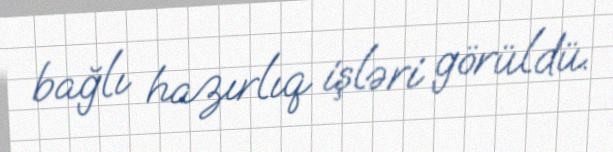
bağlı hazırlıq işləri görüldü.